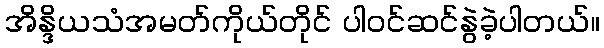
အိန္ဒိယသံအမတ်ကိုယ်တိုင် ပါဝင်ဆင်နွဲခဲ့ပါတယ်။